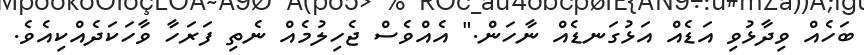
ބަހެއް ވިދާޅުވި އަޑެއް އަޅުގަނޑެއް ނާހަން." އެއްވެސް ޖެހިލުމެއް ނެތި ފަރަހާ ވާހަކަދެއްކިއެވެ.